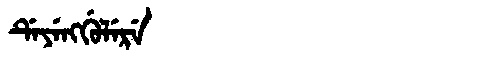
Manchu: ᡩᡝᠶᡝᠩᡤᡠᠯᡝᡵᡝ
Romanization: DEYENGGULERE